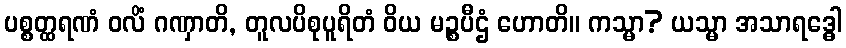
ပစ္စတ္ထရဏံ ဝလိံ ဂဏှာတိ, တူလပိစုပူရိတံ ဝိယ မဉ္စပီဌံ ဟောတိ။ ကသ္မာ? ယသ္မာ အသာရဒ္ဓေါ